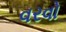
વરવો